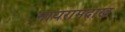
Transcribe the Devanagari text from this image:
नायरामदाख